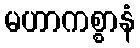
မဟာကစ္စာနံ